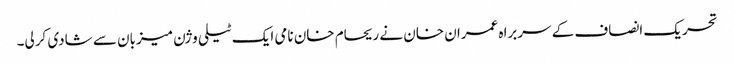
تحریک انصاف کے سربراہ عمران خان نے ریحام خان نامی ایک ٹیلی وژن میزبان سے شادی کرلی۔